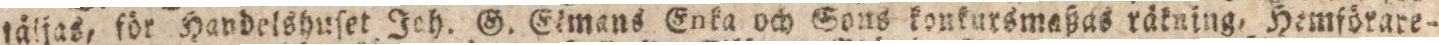
täljas, för Handelshuſet Jeh. G. Gemans Enka och Sous konkursmaßas räkning, Hemförare-